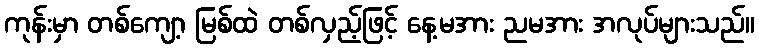
ကုန်းမှာ တစ်ကျော့ မြစ်ထဲ တစ်လှည့်ဖြင့် နေ့မအား ညမအား အလုပ်များသည်။